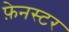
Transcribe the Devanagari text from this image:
फ़ेनस्टर